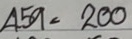
459 = 200